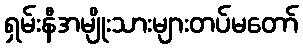
ရှမ်းနီအမျိုးသားများတပ်မတော်